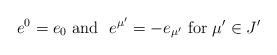
LaTeX: \begin{align*}e^0 = e_0 \hbox{\ and \ } e^{\mu '} = -e_{\mu'}\hbox{ for } \mu ' \in J'\end{align*}